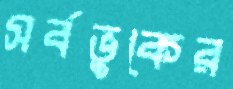
সর্বভুকের